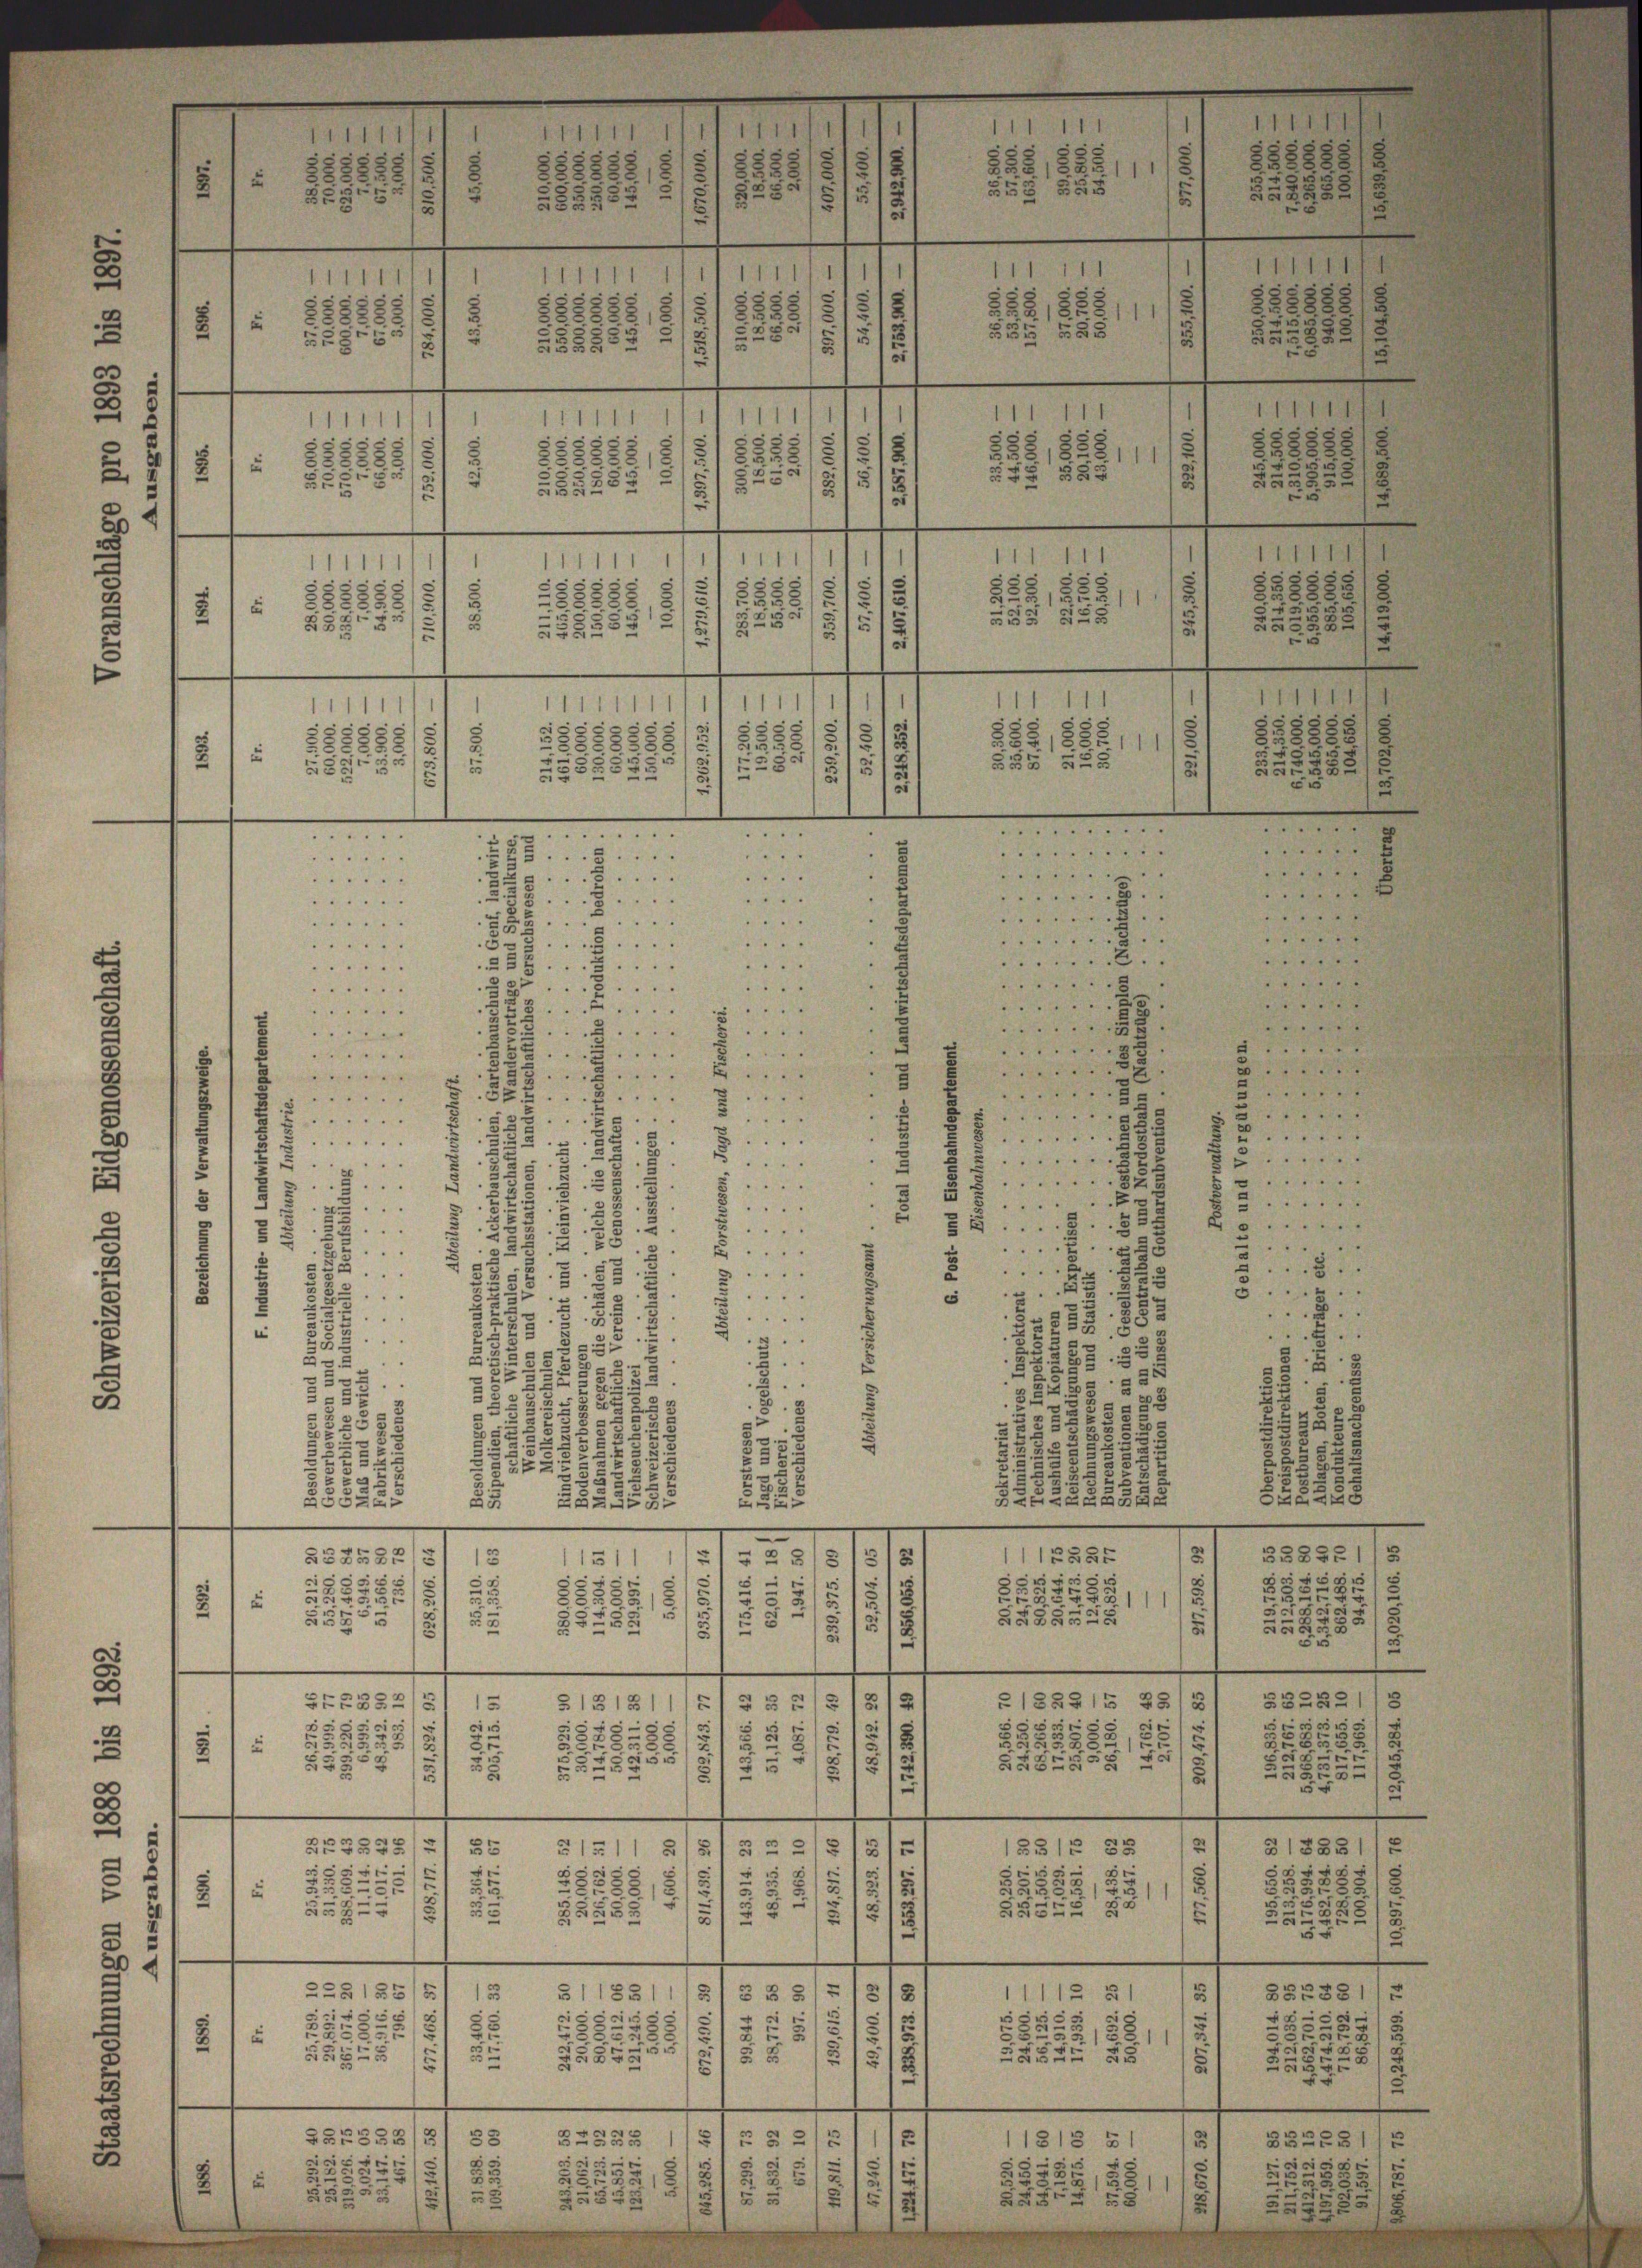
1111
111
1111111
1111
5
S
s
21
8
8
858888
83. 111
3
2
§§ 255
235552
.
2
§15
.
 . . .
.........
...
........
 . . .
.........
...
5.......
.....
J
.
.....
 . . .
2........
 . . . . 1
E
..
“
. . . .
........
......
. . . . .
5..
 . . .

. . . . . .
5
2.
 . . .

.
....
.....
5
.....
2.
253. 3.
 . . .
 . . . .
......

327
.....
...
...
 . . . .
......
.
.
.
........
.
5....
. . . .
d
252.
5
.
.....
e
.
5....
.
2
.
...
2
2......
. . . . .
55

8
..
 . .
.. . . .
......
.
2
 . .
......
135.
2
3
 ......
....
2
2
 " "
2
i
2
288
.
 " " "
.
5
.....
2
325
.
 . .
2
u
5
2.
.....

...
.
d
3
2
.
e
 .....
5

5. 3
.
 ..
52
20
..
22
t
.
55
28.
 . . .
8
2
.......
u
1
c
.
.
2
u
.
5
5
72
2.
e
2
2.
2
2
5
5
i
35
u
E
.
55
52
2
22 x
152
12
255
357
23.
29.
2
3
52
32
3
e
ALBA
25
oza
t
8
.
e
—
§8551/2
u
1
1115555
15
§ 25
§51582
11511
5
¬
s
cis
8
d
.
85
8
6
1835.
38
2
2.
85
111
212
2
8
5
SN88245
8322
5
2
5
1
u
3
15
z
—
.
e
e
e
e
2
§ 1885 (§ 281
232. 1
§ 35
SEZ322/81 12 §131811
e
e
8
d
5
2
828282
2
2
55238-1
513.
5
1
2
2
e
g
g
BGBER Fe
Eigen
35
555
228
.
3
u
.
e
¬
¬
)
e
5
2238981 ss
1
1512 88
31885/12
5
d
§1511
5
¬
3

e
822
u
5
.
38
e
22
.
2
2
—
8
5-18
u
555
2
d
i
2
—
.
20
r
21
225
55/5
33 8
11115
85-381
18
3
.
888588/
u
2
2.
8
2
d
§§522,881
 82785
2
52
e
2
5
§ 5
§1318
u
5
e
.
u
.
—
e
252
15
38
u
§ § 2
52555
33/3
—31
118
§ 51
e
8
ci
1855
i
52
2
52
u
e
5
5
21 x
§3825/4
252
s
2
15
25
2545
3

.

1
1
111
111
.
2
.
82
u
882111
2
u

u
§§§ 555
4
2
25
.
e
11
1
1
1
11111
.
1888
252
11
85.
e
5
212
.
5 585
1
2
22
3355.
.
e
1
1
¬
1
111111
,
s
258
2
.
.
25
2.
1
28
5
3
2
52
2
 §§ 382
g
28
g
2
3
55
u
2
2.
e
"
11
.
111 1
1
1
1111
1111
e
u
5
1
u
85155211
82:
e
f
2
1
5
§§ 555
2
un
33
3
835
2535
2
2
s

x

s

2
2

515
8888.
5288
288
. . . . 1

23
5
e

e
.